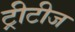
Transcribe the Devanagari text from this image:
ट्रीटीज